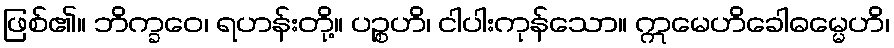
ဖြစ်၏။ ဘိက္ခဝေ၊ ရဟန်းတို့။ ပဉ္စဟိ၊ ငါပါးကုန်သော။ ဣမေဟိခေါဓမ္မေဟိ၊